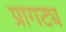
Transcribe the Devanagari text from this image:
प्रागट्य